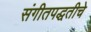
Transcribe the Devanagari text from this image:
संगीतपद्धतीचे